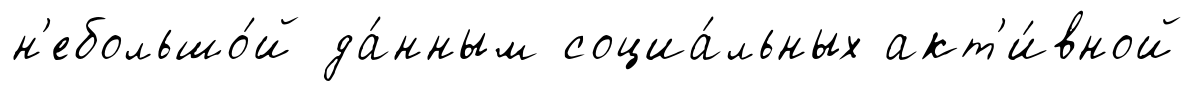
н'ебольшо́й да́нным социа́льных акт'и́вной